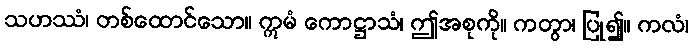
သဟဿံ၊ တစ်ထောင်သော။ ဣမံ ကောဋ္ဌာသံ၊ ဤအစုကို။ ကတွာ၊ ပြု၍။ ကလံ၊